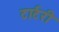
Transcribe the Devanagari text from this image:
टार्टरी